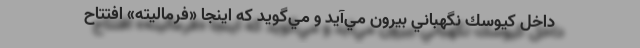
داخل كيوسك نگهباني بيرون مي‌آيد و مي‌گويد كه اينجا «فرماليته» افتتاح